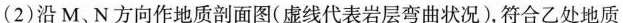
(2)沿M、N方向作地质剖面图(虚线代表岩层弯曲状况)，符合乙处地质